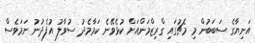
އަނިޔާގެ ސަބަބުން މި މެޗުގައި ގްރިޒްމަންއަށް ކުޅެވޭނެ ކަމާމެދު ސުވާލު އުފެދުނު ނަމަވެސް